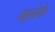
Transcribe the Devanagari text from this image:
गानेके